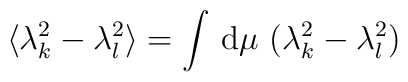
\langle \lambda_k^2 - \lambda_l^2 \rangle = \int\, {\rm d}\mu\,\, (\lambda_k^2 - \lambda_l^2)